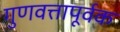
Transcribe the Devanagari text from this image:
गुणवत्तापूर्वक